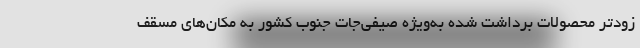
زودتر محصولات برداشت شده به‌ویژه صیفی‌جات جنوب کشور به مکان‌های مسقف